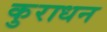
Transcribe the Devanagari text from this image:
कुराधन